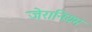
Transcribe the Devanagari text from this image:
जेरानियम